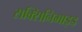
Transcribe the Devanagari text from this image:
सक्सिनिमाइड